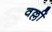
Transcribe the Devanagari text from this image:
वल्लीं